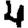
Digit: 4